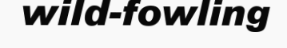
wild-fowling